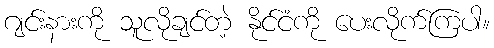
ဂျင်းနားကို သူလိုချင်တဲ့ နိုင်ငံကို ပေးလိုက်ကြပါ။